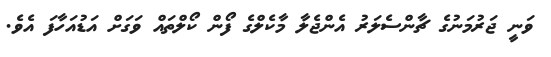
ވަނީ ޖަރުމަނުގެ ޗާންސެލަރު އެންޖެލާ މާކެލްގެ ފޯން ކޯލްތައް ވަގަށް އަޑުއަހާފަ އެވެ.